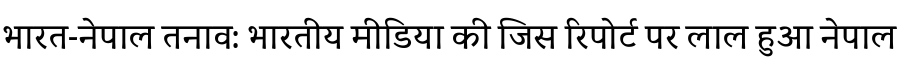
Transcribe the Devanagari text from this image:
भारत-नेपाल तनाव: भारतीय मीडिया की जिस रिपोर्ट पर लाल हुआ नेपाल